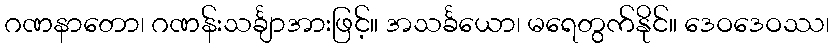
ဂဏနာတော၊ ဂဏန်းသင်္ချာအားဖြင့်။ အသင်္ခယော၊ မရေတွက်နိုင်။ ဒေဝဒေဝဿ၊